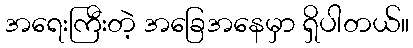
အရေးကြီးတဲ့ အခြေအနေမှာ ရှိပါတယ်။